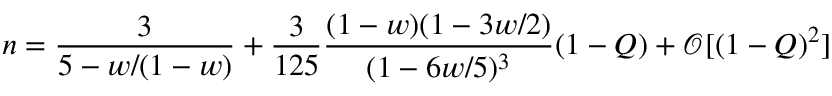
n = \frac { 3 } { 5 - w / ( 1 - w ) } + \frac { 3 } { 1 2 5 } \frac { ( 1 - w ) ( 1 - 3 w / 2 ) } { ( 1 - 6 w / 5 ) ^ { 3 } } ( 1 - Q ) + \mathcal { O } [ ( 1 - Q ) ^ { 2 } ]